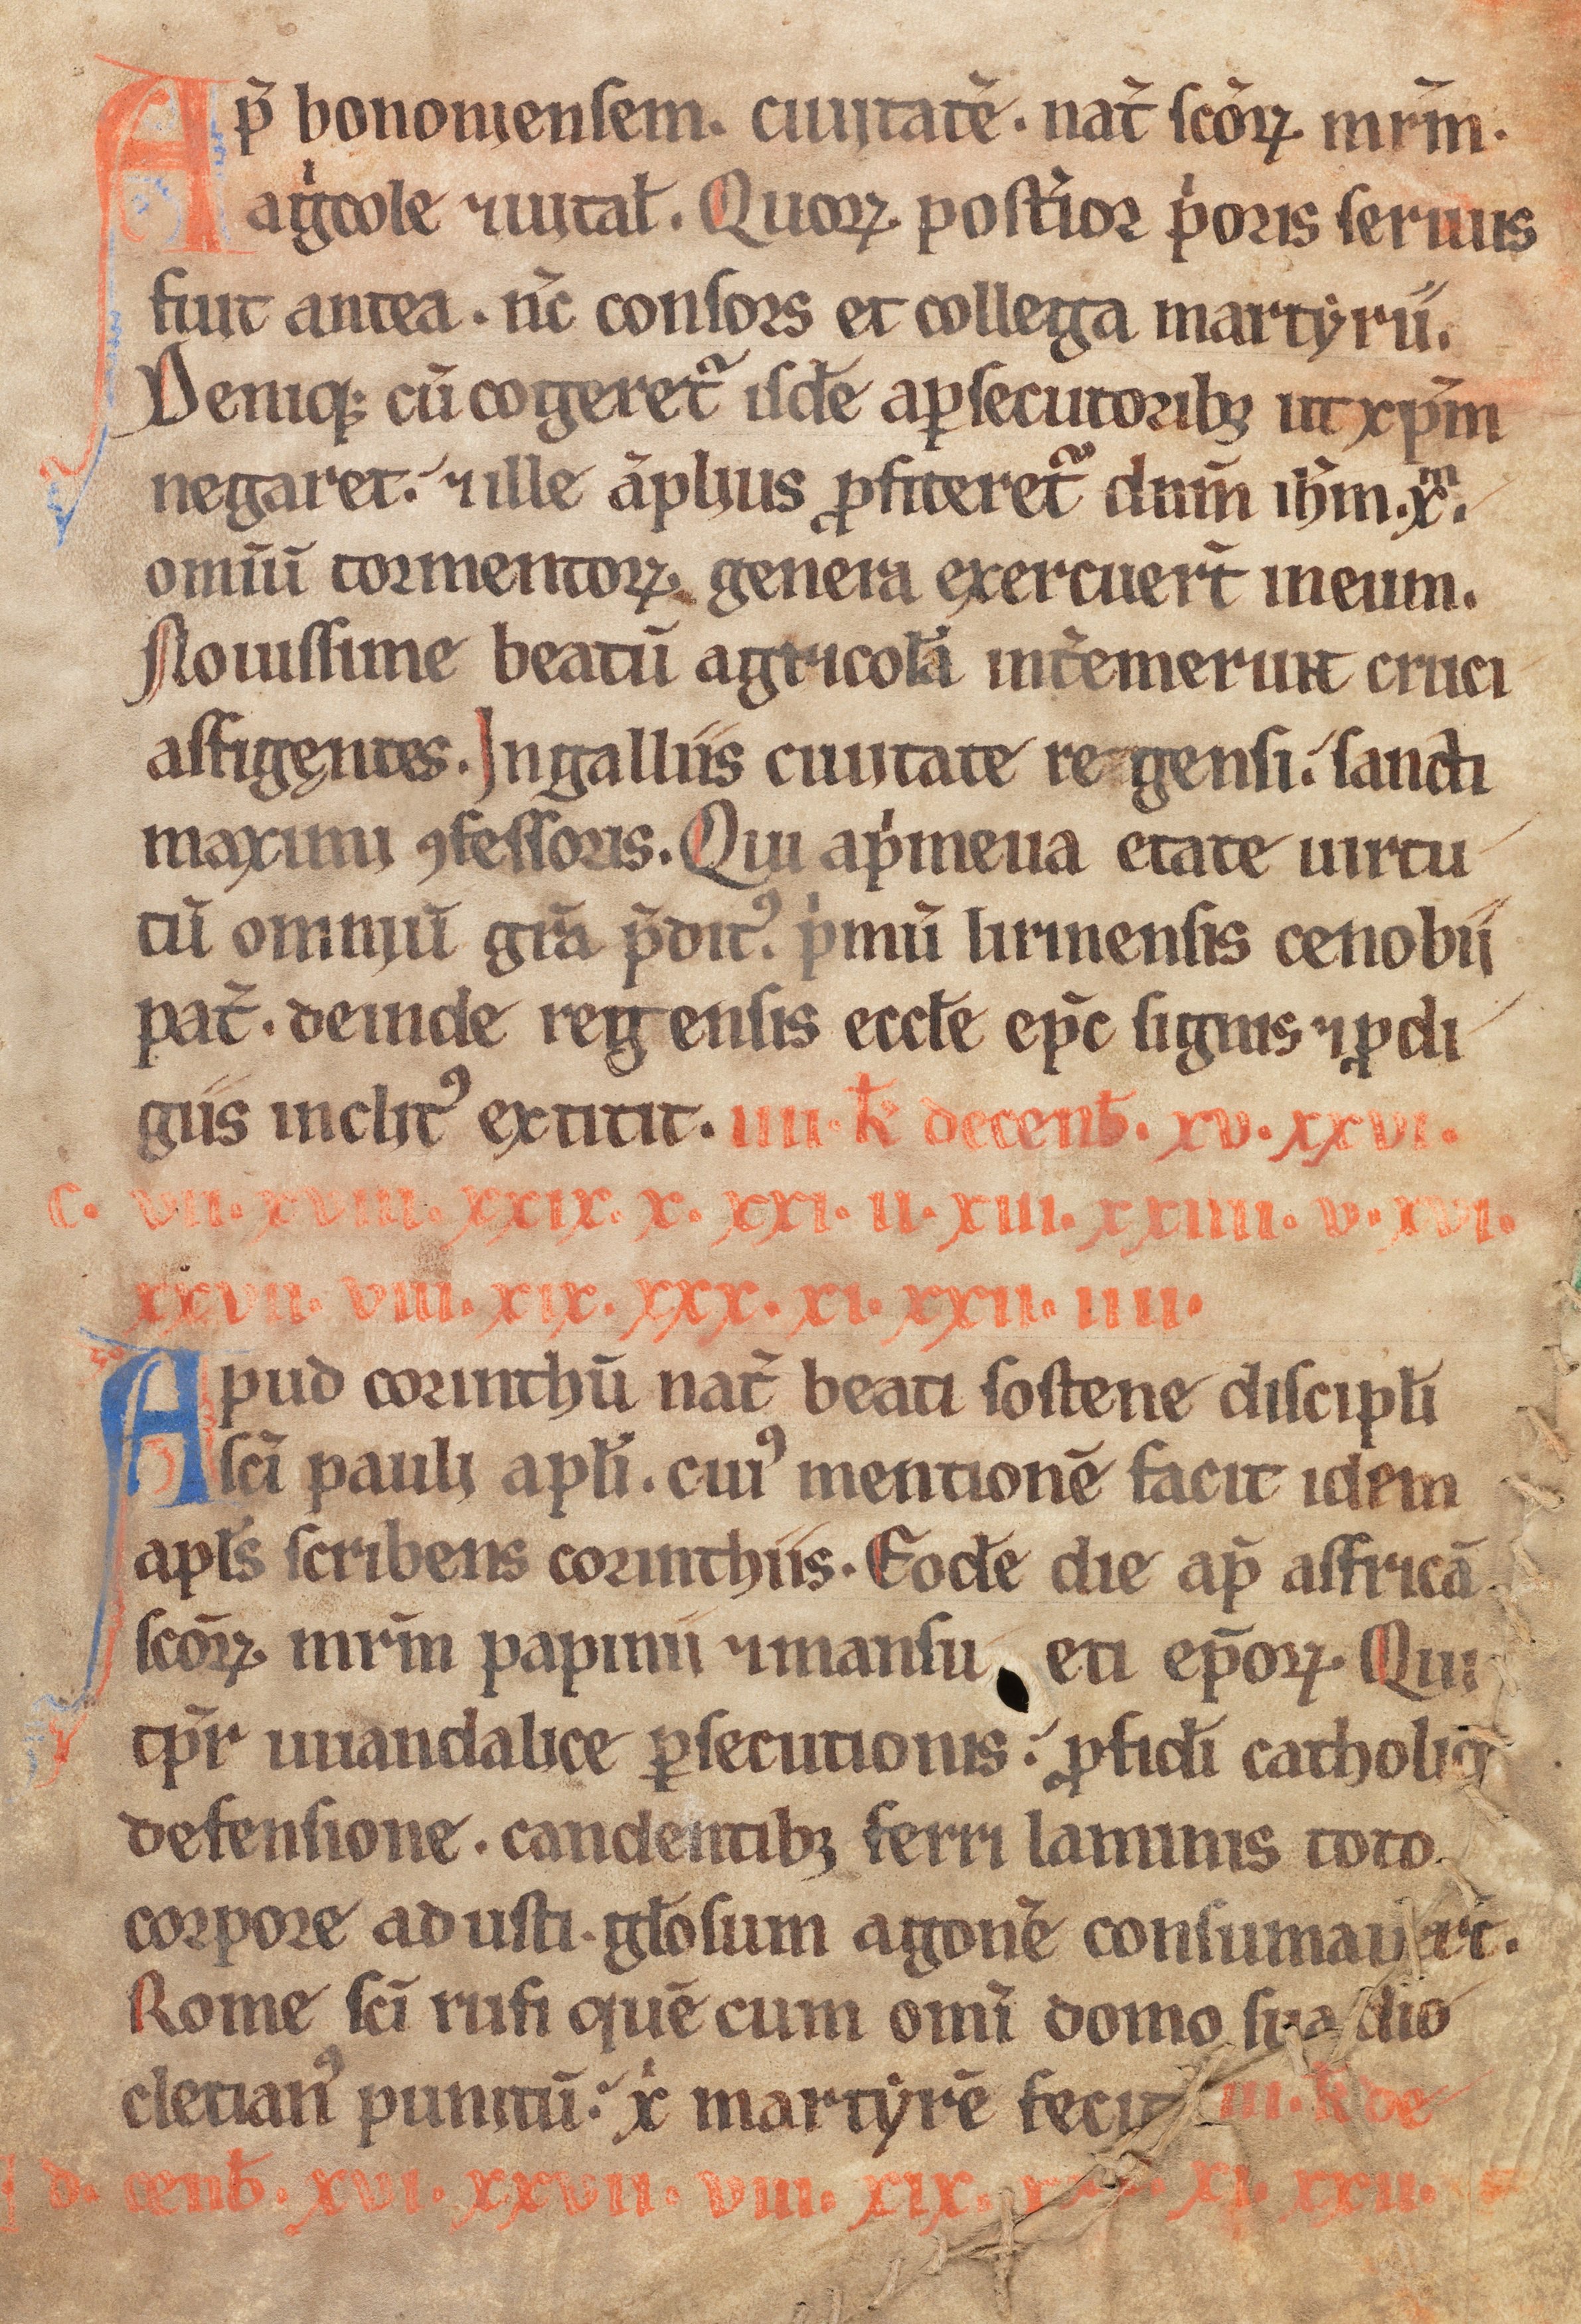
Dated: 1185–1215